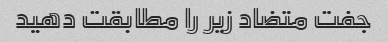
جفت متضاد زیر را مطابقت دهید